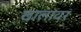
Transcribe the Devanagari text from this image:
खालावर